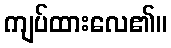
ကျပ်ထားလေ၏။